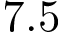
7 . 5